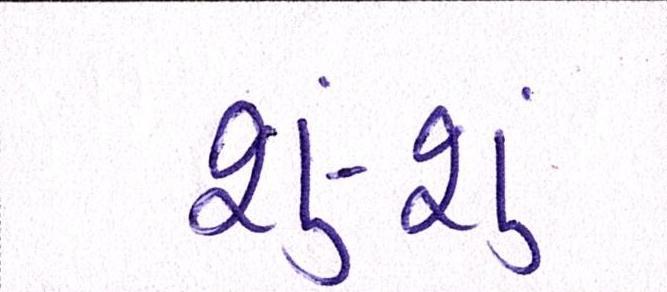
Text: શું-શું